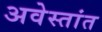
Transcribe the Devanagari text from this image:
अवेस्तांत